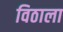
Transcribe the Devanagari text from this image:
विठाला